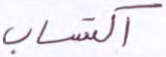
اكتساب